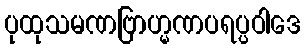
ပုထုသမဏဗြာဟ္မဏပရပ္ပဝါဒေ